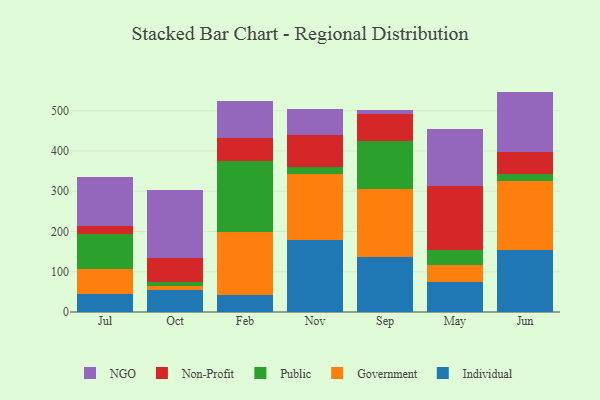
{"axis": {"x": "Month", "y": "Active Users"}, "legend": ["Government", "Individual", "NGO", "Non-Profit", "Public"], "data": [{"x": "Jul", "y": 43.5, "type": "Individual"}, {"x": "Jul", "y": 62.9, "type": "Government"}, {"x": "Jul", "y": 86.3, "type": "Public"}, {"x": "Jul", "y": 21.1, "type": "Non-Profit"}, {"x": "Jul", "y": 122.1, "type": "NGO"}, {"x": "Oct", "y": 55.1, "type": "Individual"}, {"x": "Oct", "y": 9.1, "type": "Government"}, {"x": "Oct", "y": 11.3, "type": "Public"}, {"x": "Oct", "y": 58.1, "type": "Non-Profit"}, {"x": "Oct", "y": 168.9, "type": "NGO"}, {"x": "Feb", "y": 41.8, "type": "Individual"}, {"x": "Feb", "y": 157.8, "type": "Government"}, {"x": "Feb", "y": 174.7, "type": "Public"}, {"x": "Feb", "y": 58.1, "type": "Non-Profit"}, {"x": "Feb", "y": 90.8, "type": "NGO"}, {"x": "Nov", "y": 179.1, "type": "Individual"}, {"x": "Nov", "y": 163.8, "type": "Government"}, {"x": "Nov", "y": 16.5, "type": "Public"}, {"x": "Nov", "y": 79.0, "type": "Non-Profit"}, {"x": "Nov", "y": 65.4, "type": "NGO"}, {"x": "Sep", "y": 137.7, "type": "Individual"}, {"x": "Sep", "y": 167.6, "type": "Government"}, {"x": "Sep", "y": 120.0, "type": "Public"}, {"x": "Sep", "y": 67.3, "type": "Non-Profit"}, {"x": "Sep", "y": 9.8, "type": "NGO"}, {"x": "May", "y": 74.4, "type": "Individual"}, {"x": "May", "y": 42.7, "type": "Government"}, {"x": "May", "y": 37.9, "type": "Public"}, {"x": "May", "y": 156.9, "type": "Non-Profit"}, {"x": "May", "y": 142.3, "type": "NGO"}, {"x": "Jun", "y": 154.9, "type": "Individual"}, {"x": "Jun", "y": 171.4, "type": "Government"}, {"x": "Jun", "y": 16.2, "type": "Public"}, {"x": "Jun", "y": 56.0, "type": "Non-Profit"}, {"x": "Jun", "y": 148.9, "type": "NGO"}]}